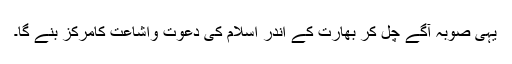
یہی صوبہ آگے چل کر بھارت کے اندر اسلام کی دعوت واشاعت کامرکز بنے گا۔